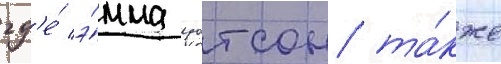
гд'е́ э́мма уотсон та́кже